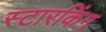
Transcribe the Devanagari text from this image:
स्‍टारकिंग